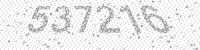
Solution: 537216